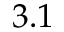
3 . 1